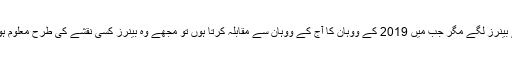
انہوں نے بتایا کہ اْس وقت مجھے یہ سادہ سے بینرز لگے مگر جب میں 2019 کے ووہان کا آج کے ووہان سے مقابلہ کرتا ہوں تو مجھے وہ بینرز کسی نقشے کی طرح معلوم ہوتے ہیں جس نے پورے ووہان کو تبدیل کردیا۔